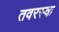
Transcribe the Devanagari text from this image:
तवरस्क